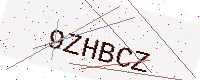
Text: 9ZHBCZ